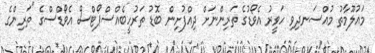
މައުލޫމާތު މުއްސަނދިވި ހަވީރު އެވޯޑުގެ ތަރިންނަށް ދިއްފުށިން ބޮޑު ތަރުހީބެއްސްޕޯޓްސް އެވޯޑްސްގެ "ތަރިންގެ